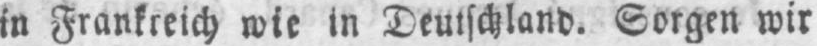
in Frankreich wie in Deutschland. Sorgen wir